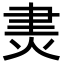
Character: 㶳